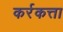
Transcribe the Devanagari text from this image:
कर्रकत्ता